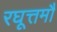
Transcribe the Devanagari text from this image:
रघूत्तमौ